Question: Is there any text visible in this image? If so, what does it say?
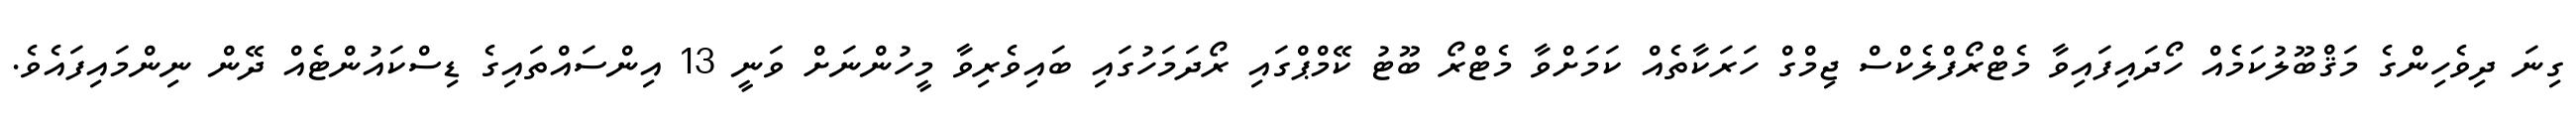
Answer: ގިނަ ދިވެހިންގެ މަޤްބޫލުކަމެއް ހޯދައިފައިވާ މެޓްރޯފްލެކްސް ޖިމްގް ހަރަކާތެއް ކަމަށްވާ މެޓްރޯ ބޫޓު ކޭމްޕްގައި ރޯދަމަހުގައި ބައިވެރިވާ މީހުންނަށް ވަނީ 13 އިންސައްތައިގެ ޑިސްކައުންޓެއް ދޭން ނިންމައިފައެވެ.